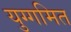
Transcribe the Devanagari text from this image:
युग्गमित